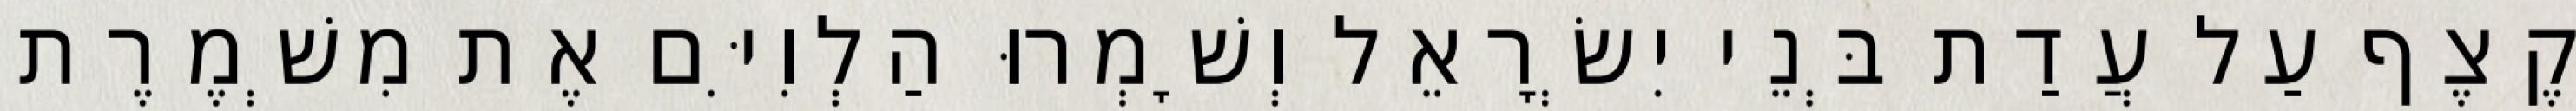
קֶצֶף עַל עֲדַת בְּנֵי יִשְׂרָאֵל וְשָׁמְרוּ הַלְוִיִּם אֶת מִשְׁמֶרֶת